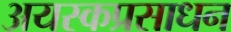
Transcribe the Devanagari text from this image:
अयस्कप्रसाधन